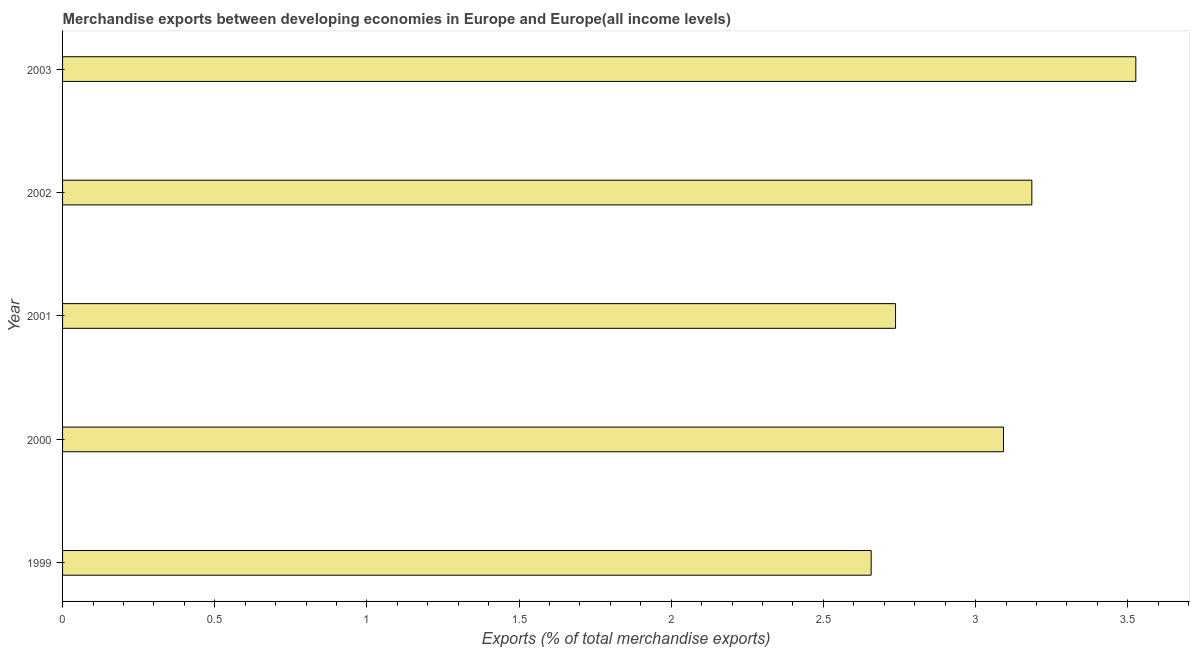
| Year | Merchandise Exports |
 | --- | --- |
 | 1999 | 2.66 |
 | 2000 | 3.09 |
 | 2001 | 2.74 |
 | 2002 | 3.18 |
 | 2003 | 3.53 |